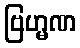
ဗြဟ္မဏ